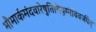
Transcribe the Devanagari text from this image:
भौमार्कमंदवारेषुतिथियुग्मेविवर्जयेत्